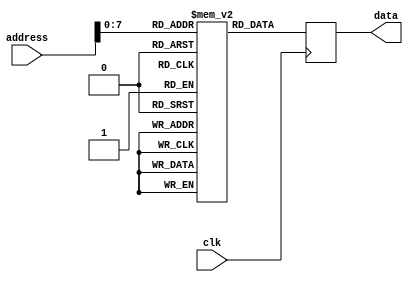
module flash_rom (
    input wire clk,
    input wire [15:0] address,
    output reg [7:0] data
);

reg [7:0] memory [0:255];

always @ (posedge clk) begin
    data <= memory[address];
end

endmodule